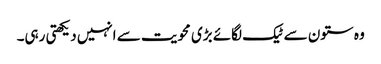
وہ ستون سے ٹیک لگائے بڑی محویت سے انہیں دیکھتی رہی۔